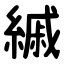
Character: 縬